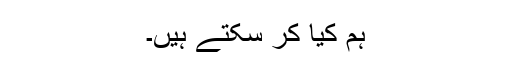
ہم کیا کر سکتے ہیں۔